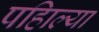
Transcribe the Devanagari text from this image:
पहिाल्या